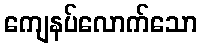
ကျေနပ်လောက်သော